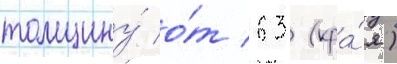
толщину́ о́т 63 (кра́я)